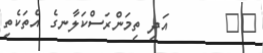
٧٢       އަދި ތިމަންރަސްކަލާނގެ އެތަކެތި